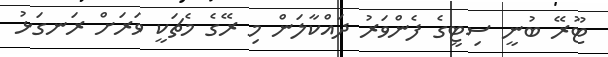
ޓޫރޭ ބުނީ ސިޓީގެ ފެންވަރު ދައްކާލަން މި ރޭގެ މެޗަކީ ވަރަށް ރަނގަޅު